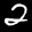
Digit: 2